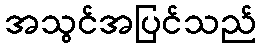
အသွင်အပြင်သည်